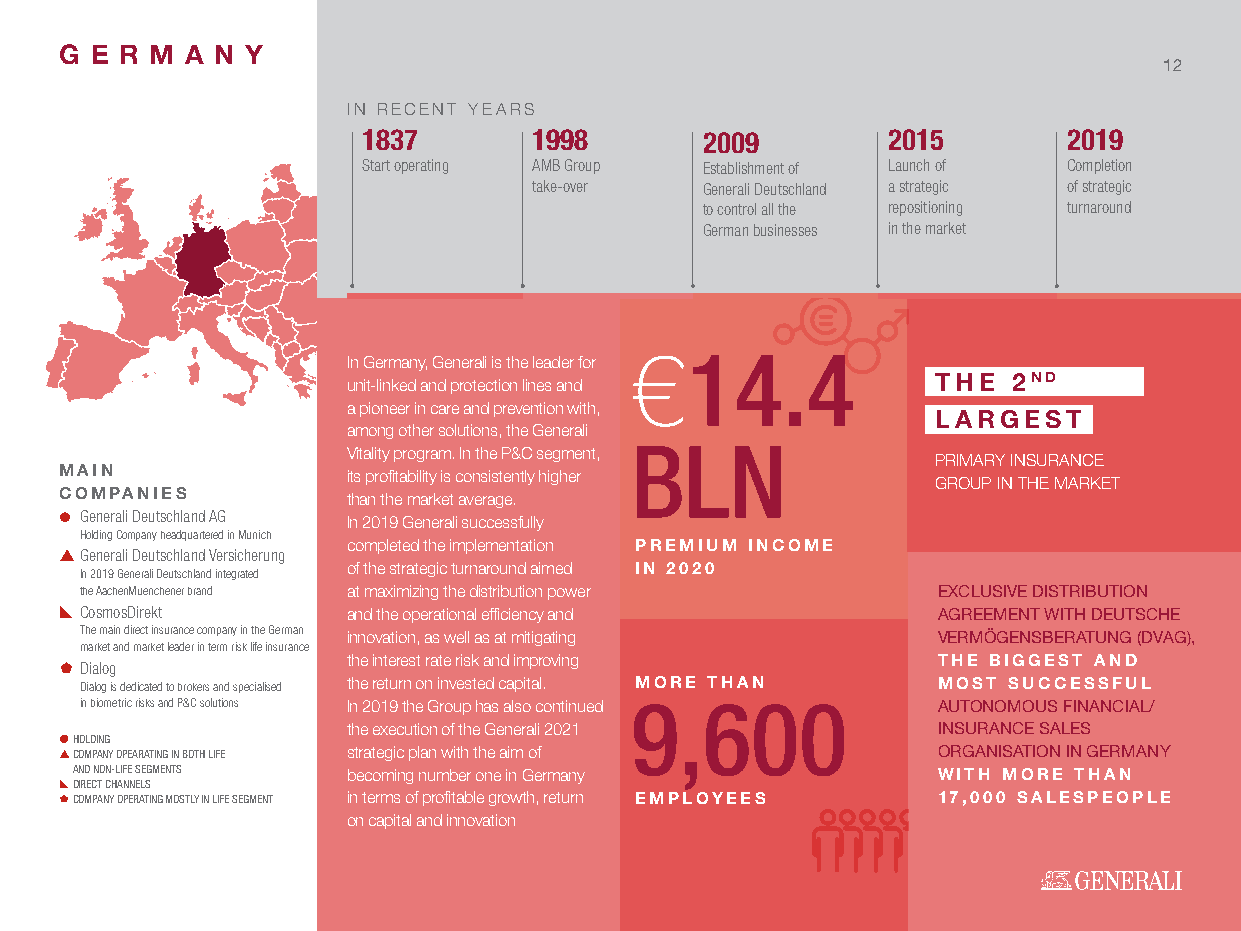
G E R M A N Y
 12
 IN RECENT YEARS
 1837       1998       2009         2015        2019
 Start operating AMB Group Establishment of Launch of Completion
 take-over  Generali Deutschland a strategic of strategic
 to control all the repositioning turnaround
 German businesses in the market
 €14.4
 In Germany, Generali is the leader for
 THE  2ND
 unit-linked and protection lines and
 a pioneer in care and prevention with,
 LARGEST
 among other solutions, the Generali
 BLN
 Vitality program. In the P&C segment,
 PRIMARY INSURANCE
 MAIN
 its profitability is consistently higher
 GROUP IN THE MARKET
 COMPANIES
 than the market average.
  Generali Deutschland AG In 2019 Generali successfully
 Holding Company headquartered in Munich
 completed the implementation PREMIUM INCOME
 p Generali Deutschland Versicherung
 In 2019 Generali Deutschland integrated
 of the strategic turnaround aimed IN 2020
 the AachenMuenchener brand at maximizing the distribution power EXCLUSIVE DISTRIBUTION
 x CosmosDirekt     and the operational efficiency and     AGREEMENT WITH DEUTSCHE
 The main direct insurance company in the German innovation, as well as at mitigating VERMÖGENSBERATUNG (DVAG),
 market and market leader in term risk life insurance
 the interest rate risk and improving   THE BIGGEST AND
 À Dialog
 Dialog is dedicated to brokers and specialised the return on invested capital. MORE THAN MOST SUCCESSFUL
 in biometric risks and P&C solutions In 2019 the Group has also continued 9,600 AUTONOMOUS FINANCIAL/
 the execution of the Generali 2021     INSURANCE SALES
  HOLDING
 p COMPANY OPEARATING IN BOTH LIFE strategic plan with the aim of ORGANISATION IN GERMANY
 AND NON-LIFE SEGMENTS becoming number one in Germany     WITH MORE THAN
 x DIRECT CHANNELS
 À COMPANY OPERATING MOSTLY IN LIFE SEGMENT in terms of profitable growth, return EMPLOYEES 17,000 SALESPEOPLE
 on capital and innovation